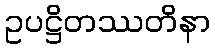
ဥပဋ္ဌိတဿတိနာ